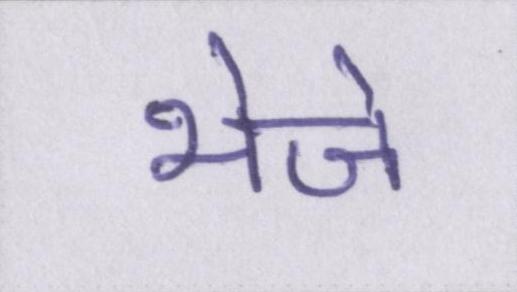
भेजे